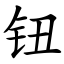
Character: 钮